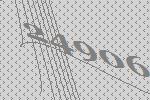
24906